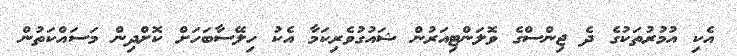
އެކި އުމުރުތަކުގެ ދެ ޖިންސްގެ ވޮލަންޓިއަރުން ޝައުގުވެރިކަމާ އެކު ހިލޭސާބަހަށް ކޮށްދިން މަސައްކަތުން